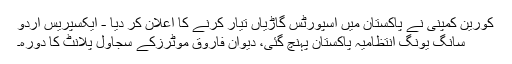
کورین کمپنی نے پاکستان میں اسپورٹس گاڑیاں تیار کرنے کا اعلان کر دیا - ایکسپریس اردو
سانگ یونگ انتظامیہ پاکستان پہنچ گئی، دیوان فاروق موٹرزکے سجاول پلانٹ کا دورہ۔